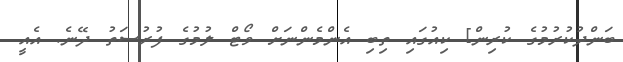
ބަންދުކުރުމުގެ ކުރިން] ކިއުގައި ތިބި އެންމެންނަށް ވޯޓް ލުމުގެ ފުރުސަތު ދޭނެ. އެއީ